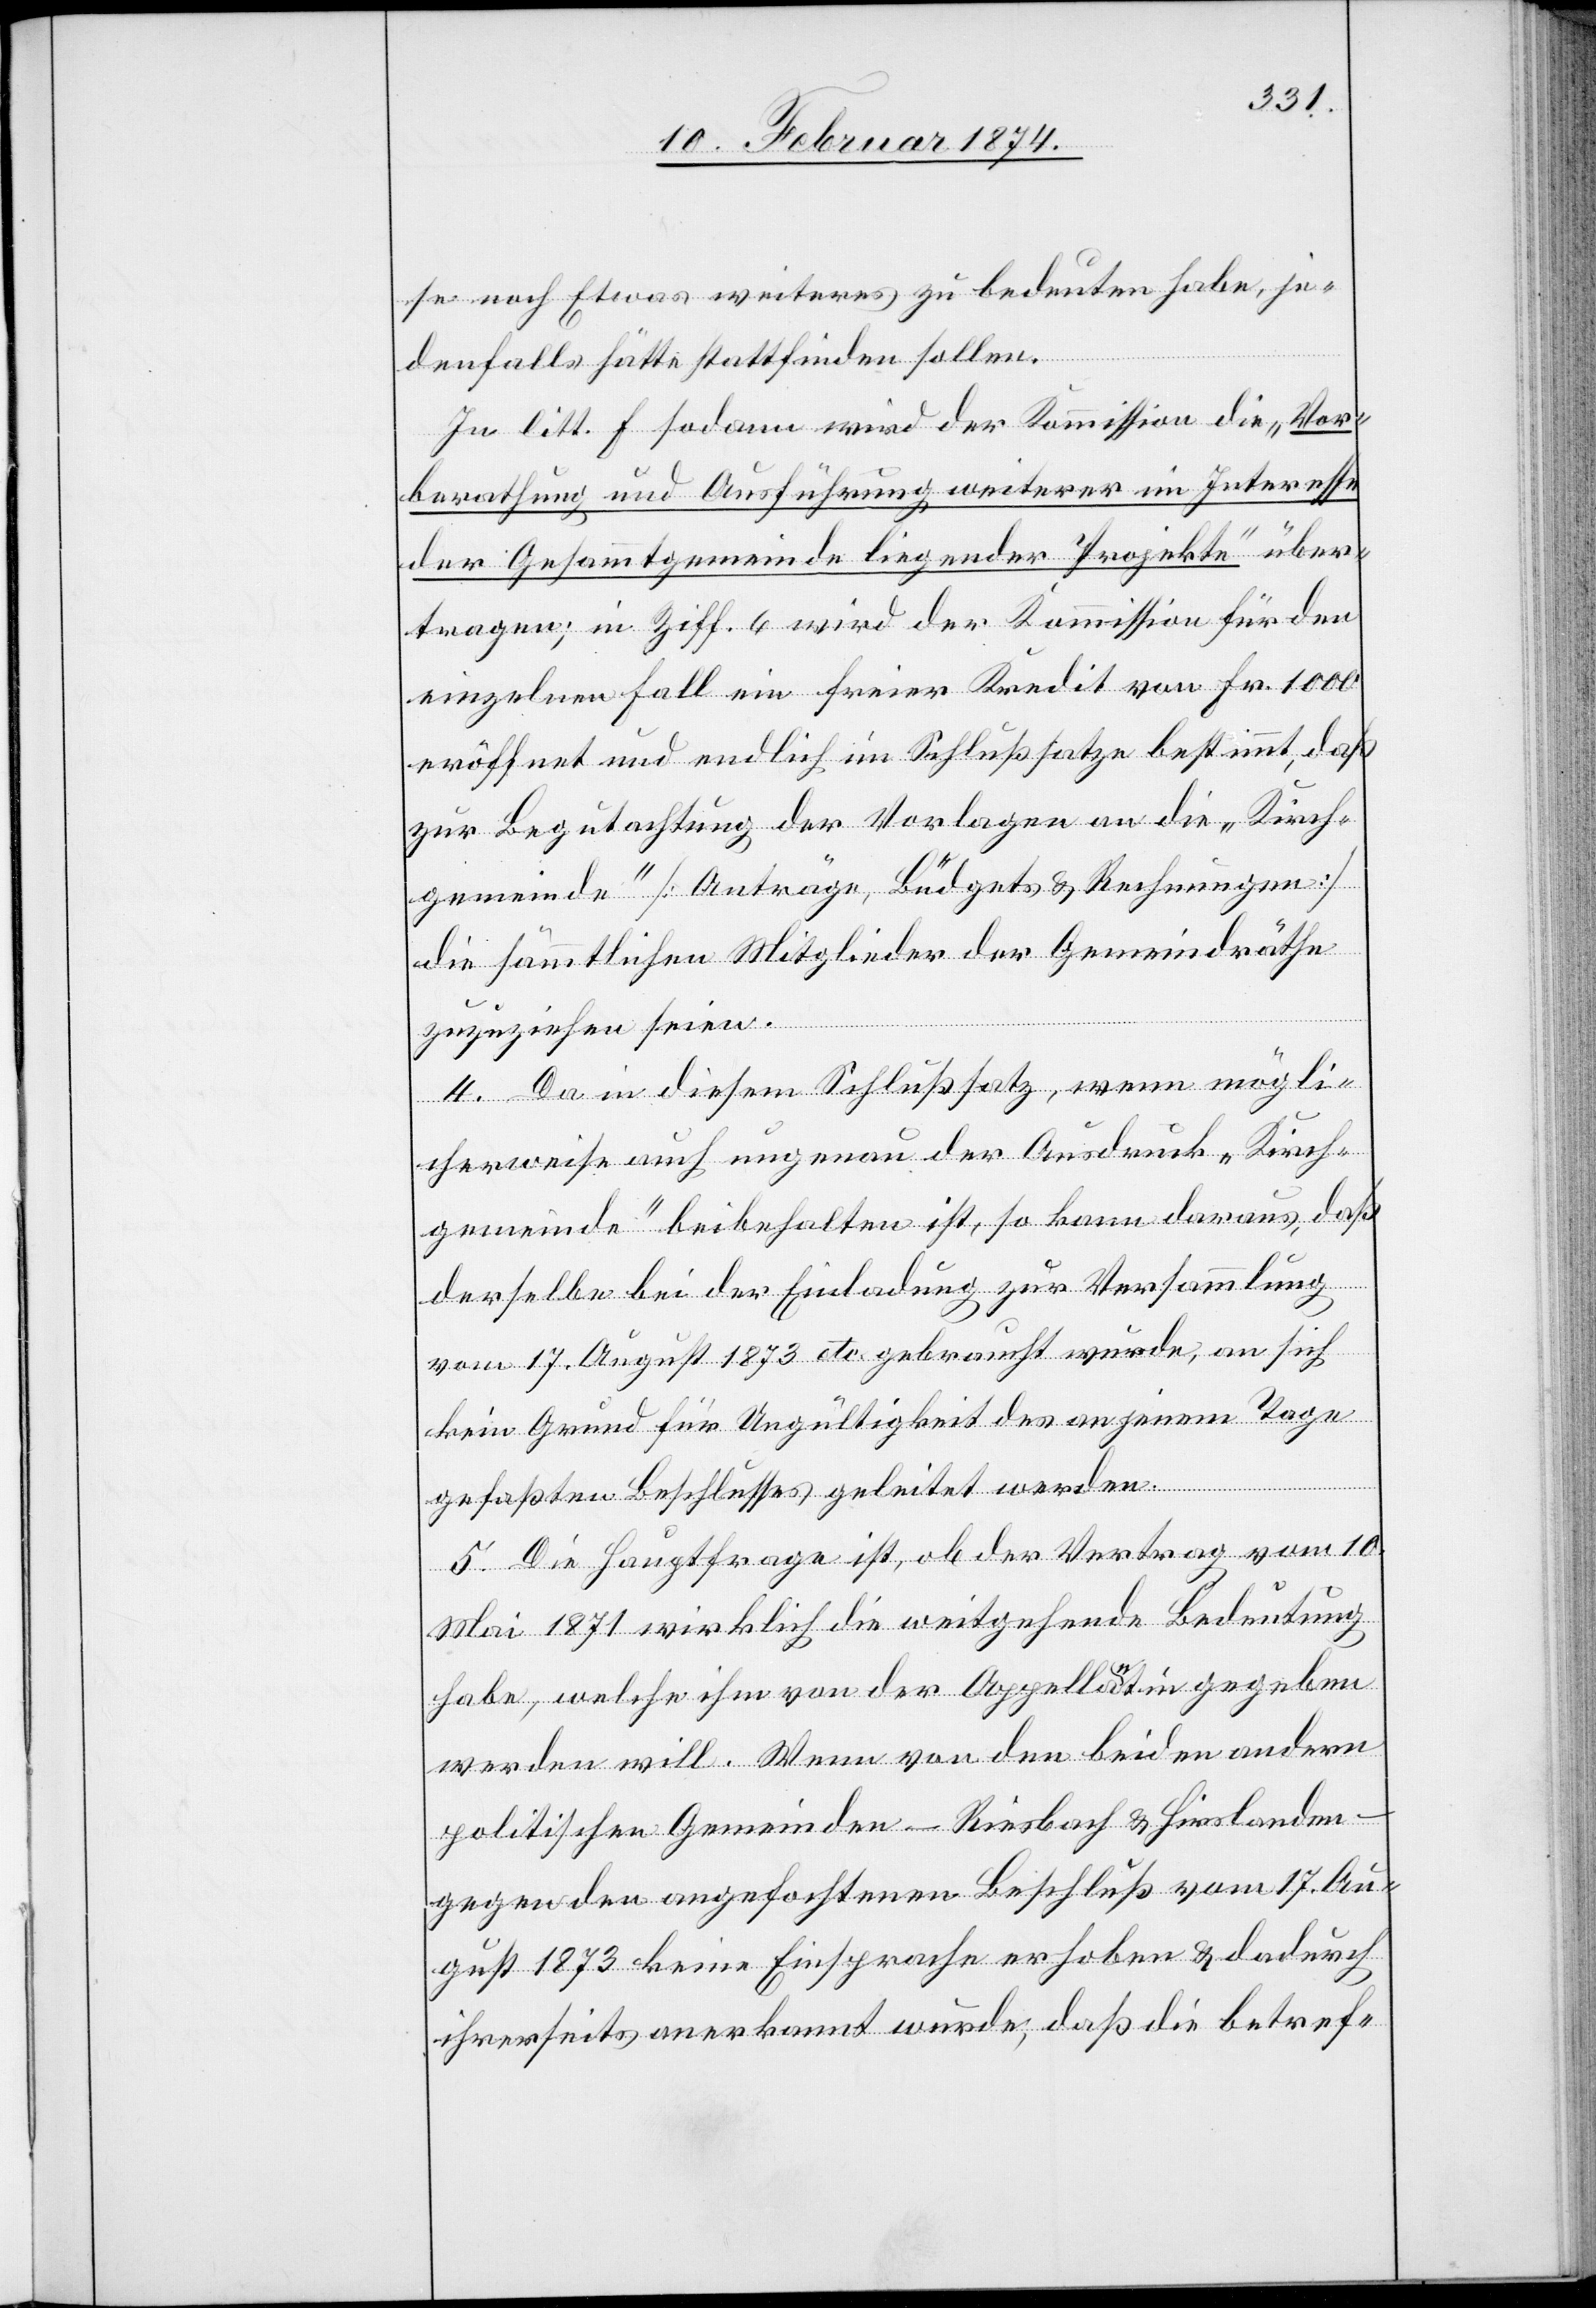
se noch Etwas weiteres zu bedeuten habe, je¬
denfalls hätte stattfinden sollen.
In litt. F sodann wird der Kommission die „Vor¬
berathung und Ausführung weiterer im Interesse
der Gesammtgemeinde liegender Projekte“ über¬
tragen; in Ziff. 6 wird der Kommission für den
einzelnen Fall ein freier Kredit von Fr. 1000
eröffnet und endlich im Schlußsatze bestimmt, daß
zur Begutachtung der Vorlagen an die „Kirch¬
gemeinde“ [Anträge, Büdgets u. Rechnungen]
die sämmtlichen Mitglieder der Gemeindräthe
zuzuziehen seien.
4. Da in diesem Schlußsatz, wenn möglich¬
icherweise auch ungenau der Ausdruck „Kirch¬
gemeinde“ beibehalten ist, so kann daraus, daß
derselbe bei der Einladung zur Versammlung
vom 17. August 1873 etc. gebraucht würde, an sich
kein Grund für Ungültigkeit des an jenem Tage
gefaßten Beschlusses geleitet werden.
5. Die Hauptfrage ist, ob der Vertrag vom 10.
Mai 1871 wirklich die weitgehende Bedeutung
habe, welche ihm von der Appellantin gegeben
werden will. Wenn von den beiden andern
politischen Gemeinden – Riesbach u. Hirslanden
gegen den angefochtenen Beschluß vom 17. Au¬
gust 1873 keine Einsprache erhoben u. dadurch
ihrerseits anerkannt würde, daß die betref-